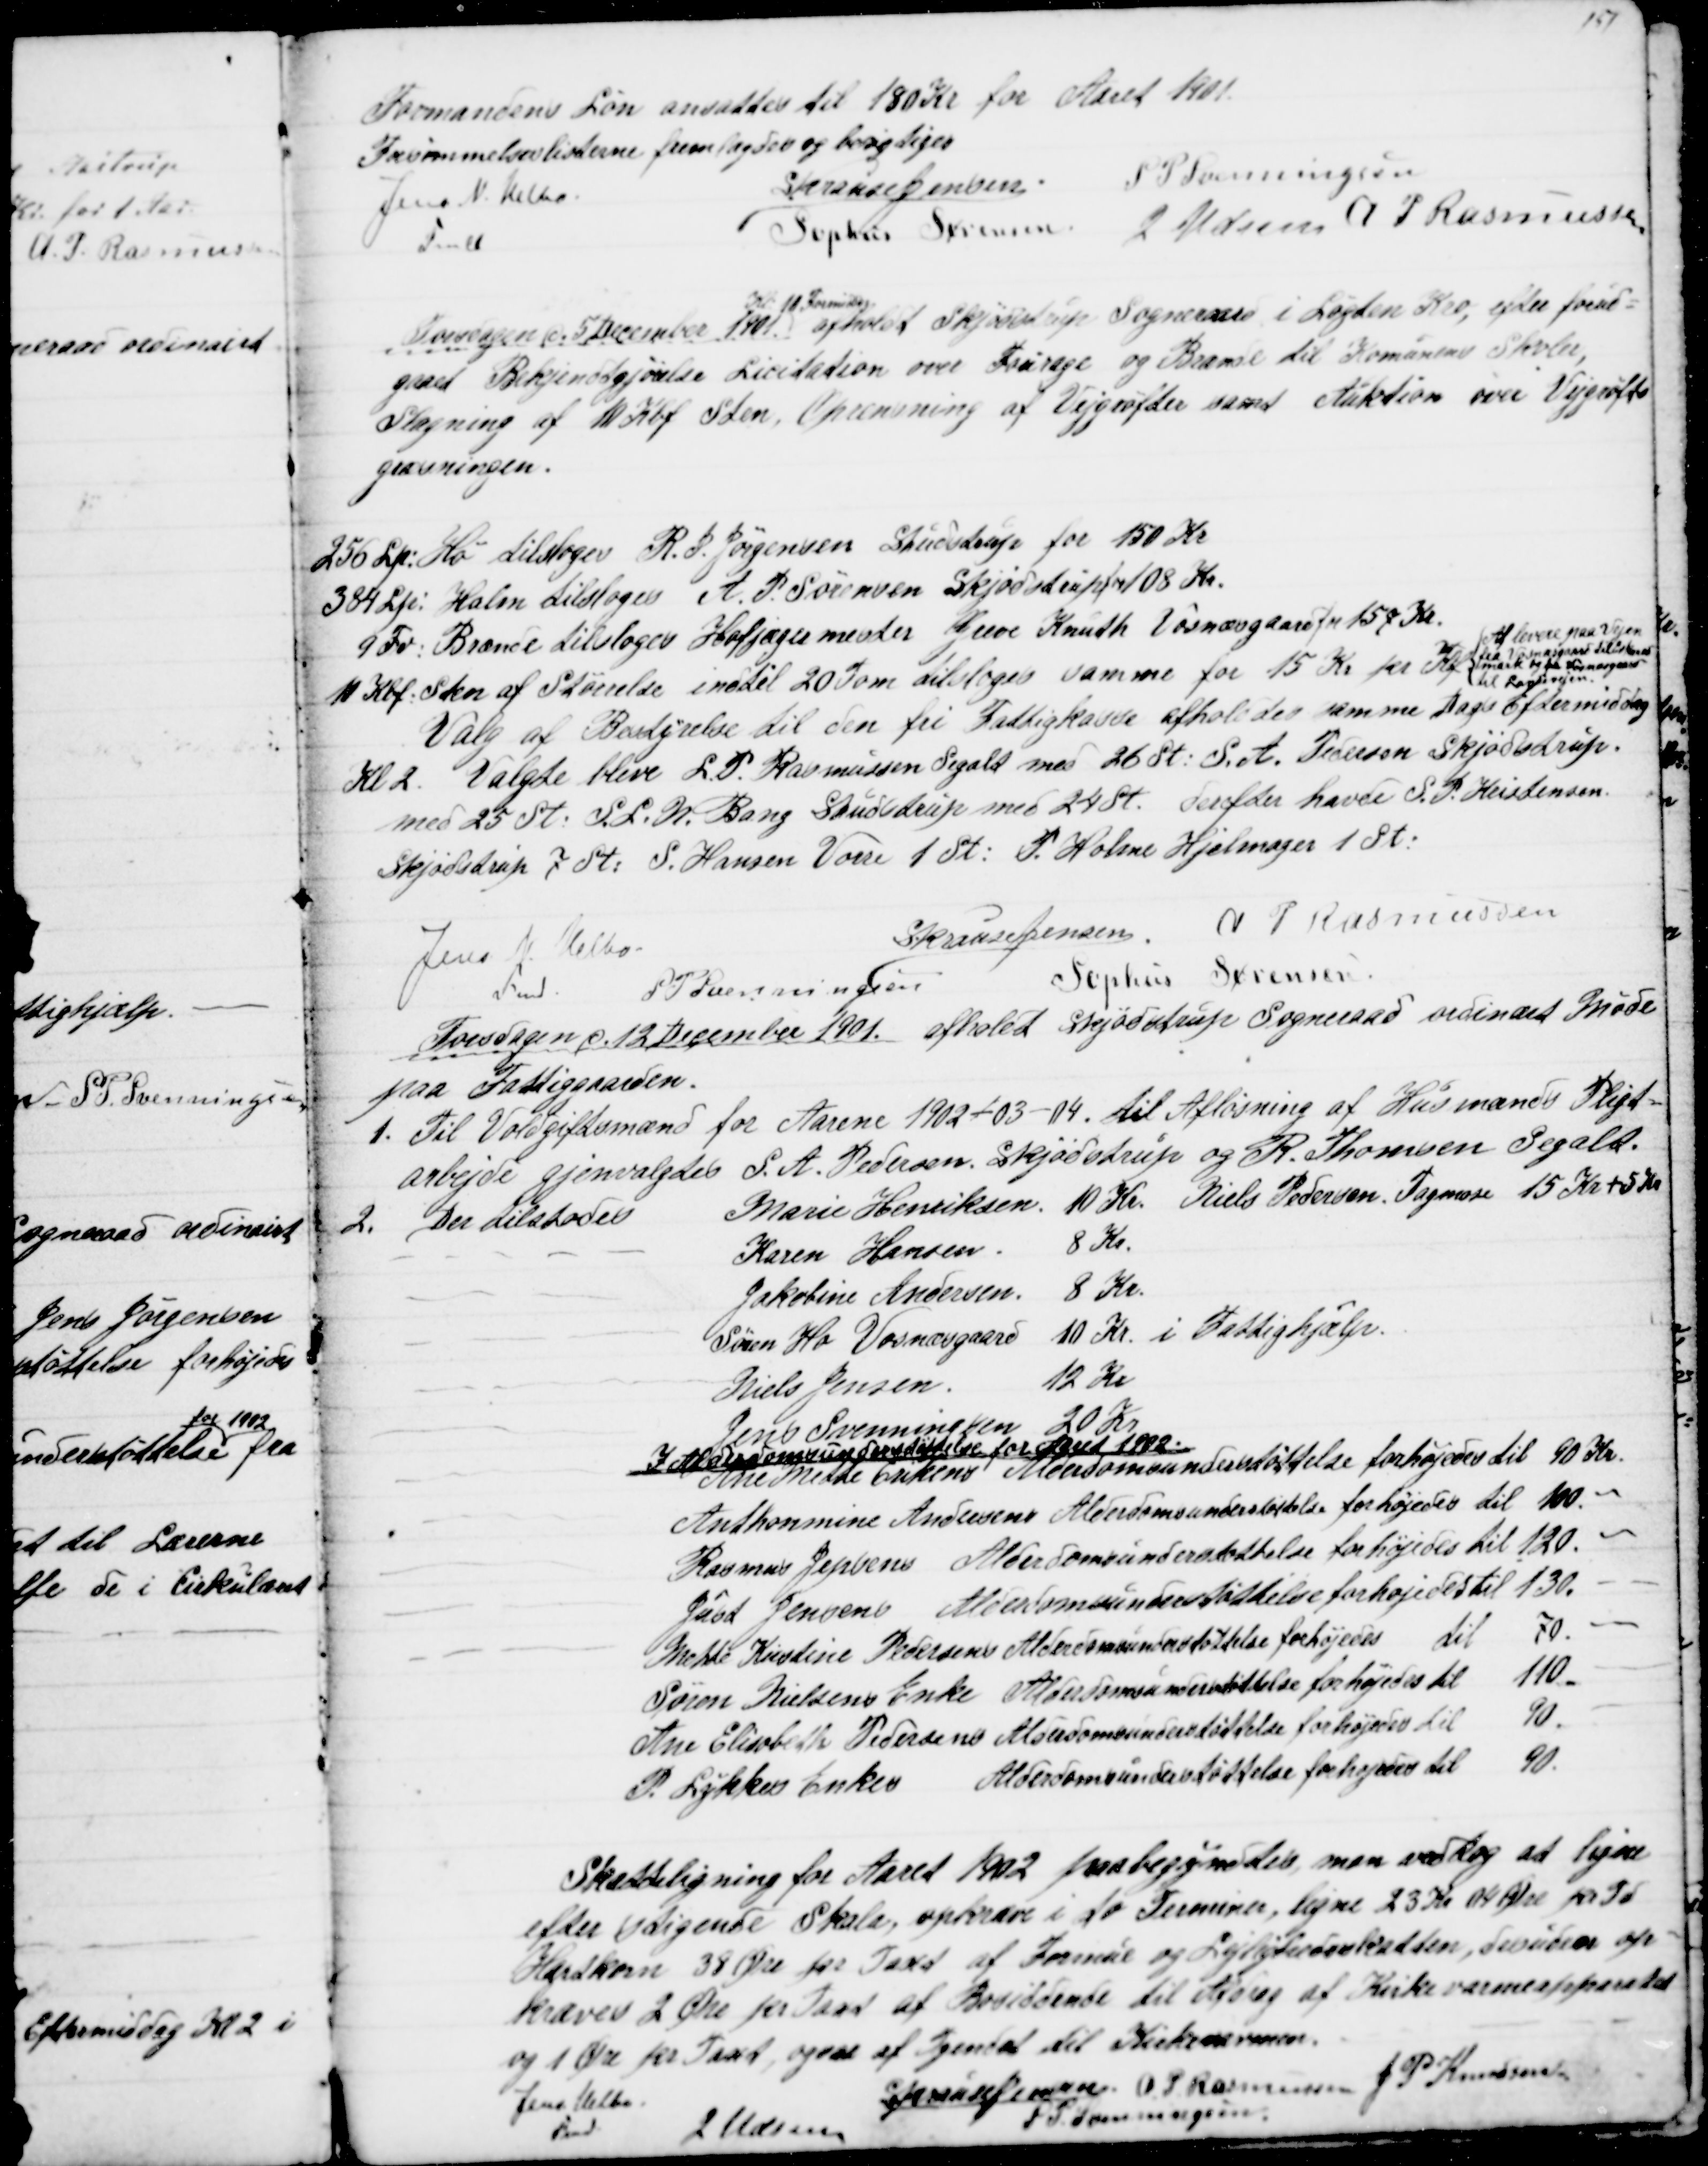
Transskription:
Formandens Løn ansattes til 180 Kr for Aaret 1901.
Forsømmelseslisterne fremlagdes og berigtiges
Jens N. Helbo
Fmd.
S. Krause Jensen.
S. P. Svenningsen
Sophus Sørensen.
J Udsen A P Rasmussen
Torsdagen d 5 December 1901. 
Kl. 10 Formidag
afholdt Skjødstrup Sogneraad i Løgten Kro, efter forud=
gaaet Bekjendtgjørelse Licitation over Fourage og Brænde til Komunens Skoler,
Slagning af 10 Kbf Sten. Oprensning af Vejgrøfter samt Auktion over Vejgrøft=
gravningen.
256 Lp: Hø tilsloges R. P. Jørgensen Studstrup for 150 Kr
384 Lp. Halm tilsloges A. P. Sørensen Skjødstrup for 108 Kr.
9 Fv. Brænde tilsloges Hofjægermester Greve Knuth Vosnæsgaard for 157 Kr.
10 Kbf. Sten af Størrelse indtil 20 Tom tilsloges samme for 15 Kr pr Kbf. 
At levere paa Vejen
fra Vosnæsgaard til 
mark og fra Vosnæsgaard
til Løgtenvejen.
Valg af Bestyrelse til den fri Fattigkasse afholdes samme Dags Eftermiddag
Kl 2. Valgte bleve L. P. Rasmussen Segalt med 26 St: S. A. Pedersen Skjødstrup.
med 25 St: S. L. N. Bang Studstrup med 24 St: derefter havde S. P. Kristensen.
Skjødstrup 7 St: S. Hansen Vorre 1 St: P. Holme Hjelmager 1 St:
Jens N. Helbo.
Fmd.
S. Krause Jensen. A. P Rasmussen
S P Svenningen
Sophus Sørensen.
Torsdagen d. 12 December 1901. afholdt Skjødstrup Sogneraad ordinairt Møde
paa Fattiggaarden.
1. Til Voldgiftsmænd for Aarene 1902-03-04. til Afløsning af Husmænds Pligt=
arbejde gjenvalgtes S. A. Pedersen, Skjødstrup og R. Thomsen Segalt.
2. Der tilstodes
Marie Henriksen.
10 Kr. Niels Pedersen, Tagmose 15 Kr +5 Kr
Karen Hansen
8 Kr.
Jakobine Andersen.
8 Kr.
Søren Ho Vosnæsgaard 10 Kr. i Fattighjælp.
Niels Jensen.
12 Kr
Jens Svenningsen
20 Kr
I Alderdomsunderstøttelse for Aaret 1902.
Ane Mette Eriksens Alderdomsunderstøttelse forhøjedes til 90 Kr.
Anthonmine Andersens Alderdomsunderstøttelse forhøjedes til 100.-
Rasmus Jepsens Alderdomsunderstøttelse forhøjedes til 120.-
Just Jensens Alderdomsunderstøttelse forhøjedes til 130.-
Mette Kirstine Pedersens Alderdomsunderstøttelse forhøjedes til 70. -
Søren Nielsens Enke Alderdomsunderstøttelse forhøjedes til 110.-
Ane Elisabeth Pedersens Alderdomsunderstøttelse forhøjedes til 90.-
P. Lykkes Enkes Alderdomsunderstøttelse forhøjedes til 90
Skatteligning for Aaret 1902 paabegyndtes man vedtog at ligne
efter stigende Skala, opkræve i to Terminer, ligne 23 Kr 04 Øre pr Td
Hartkorn 38 Øre pr Taxt af Formue og Lejlighedsskatten, desuden op=
kræves 2 Øre pr Taxt af Bosiddende til Afdrag af Kirkevarmeapparatet
og 1 Øre pr. Taxt ogsaa af Tyendet til Kirkevarmen.
Jens Helbo
Fmd.
S. Krause Jensen A. P. Rasmussen J P Knudsen
J Udsen
S P. Svenningsen